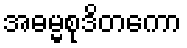
အဓမ္မစုဒိတကော